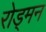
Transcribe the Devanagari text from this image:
रोड्मन